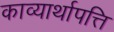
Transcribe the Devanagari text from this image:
काव्यार्थापत्ति